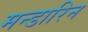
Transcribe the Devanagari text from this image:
मन्डारिन